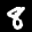
Label: 8